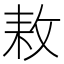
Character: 𢽓